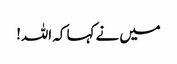
میں نے کہا کہ اللہ!